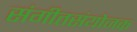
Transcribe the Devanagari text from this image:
संगीतसंयोजक